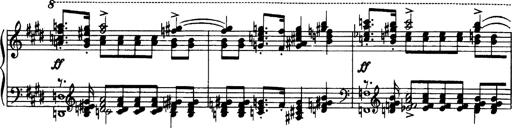
Title: OuvertÃ¼re zu TannhÃ¤user
Composer: Franz Liszt